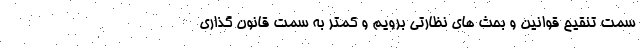
سمت تنقیح قوانین و بحث های نظارتی برویم و کمتر به سمت قانون گذاری